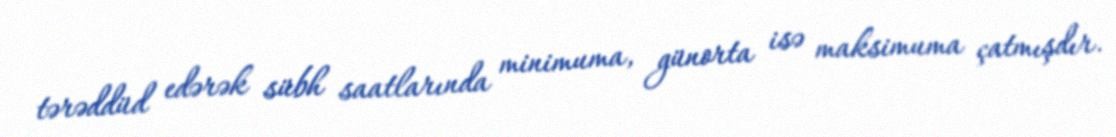
tərəddüd edərək sübh saatlarında minimuma, günorta isə maksimuma çatmışdır.